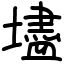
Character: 壗